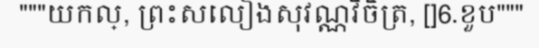
"""យកល្, ព្រះសលៀងសុវណ្ណវិចិត្រ, []6.ខួប"""